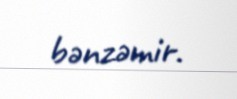
bənzəmir.